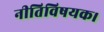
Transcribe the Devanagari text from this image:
नीतिविषयक।